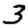
Digit: 3